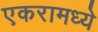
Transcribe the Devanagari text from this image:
एकरामध्ये